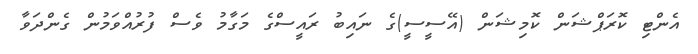
އެންޓި ކޮރަޕްޝަން ކޮމިޝަން (އޭސީސީ)ގެ ނައިބު ރައީސްގެ މަގާމު ވެސް ފުރުއްވަމުން ގެންދަވާ